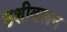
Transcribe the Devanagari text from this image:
उशीवरून